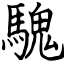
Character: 騩